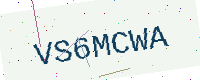
Text: VS6MCWA